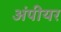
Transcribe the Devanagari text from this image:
अंपीयर